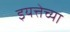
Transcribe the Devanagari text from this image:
इयत्तेच्या